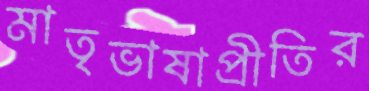
মাতৃভাষাপ্রীতির